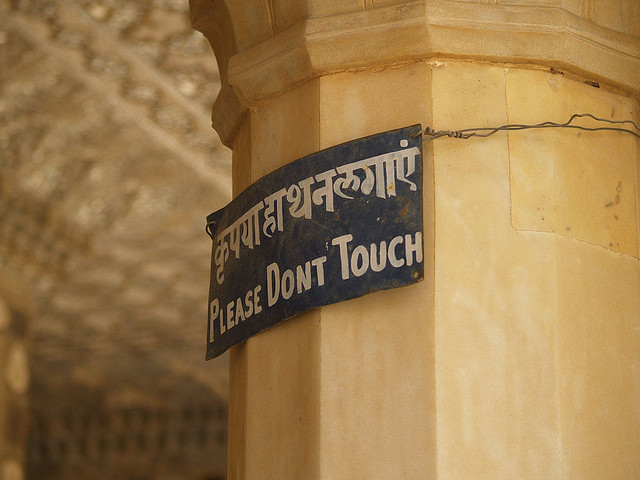
Language: hindi
Transcription: लगएं कृपया हाथ न